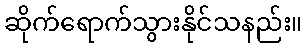
ဆိုက်ရောက်သွားနိုင်သနည်း။